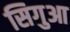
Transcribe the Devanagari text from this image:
सिगुआ